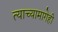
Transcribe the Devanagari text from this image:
त्याच्यामागेही